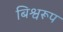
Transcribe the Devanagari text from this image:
बिश्वरूप